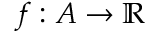
f : A \rightarrow \mathbb { R }